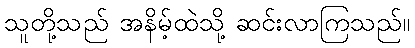
သူတို့သည် အနိမ့်ထဲသို့ ဆင်းလာကြသည်။